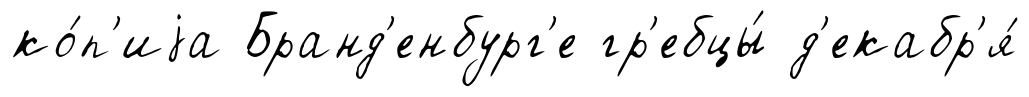
ко́п'иjа Бранд'енбург'е гр'ебцы́ д'екабр'я́